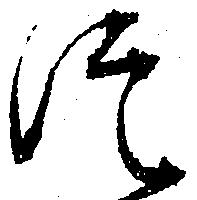
つ